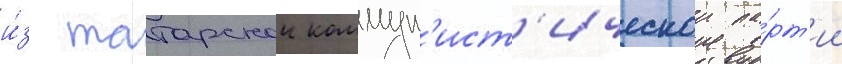
и́з татарскои коммун'ист'ическои па́рт'ии